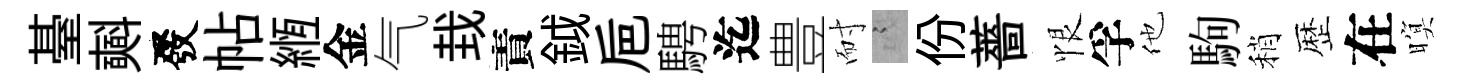
䑓𣂏發帖縆金气㘽責鉞巵騁迄豊耐謭份薔恨孚他駒稍歴在暝